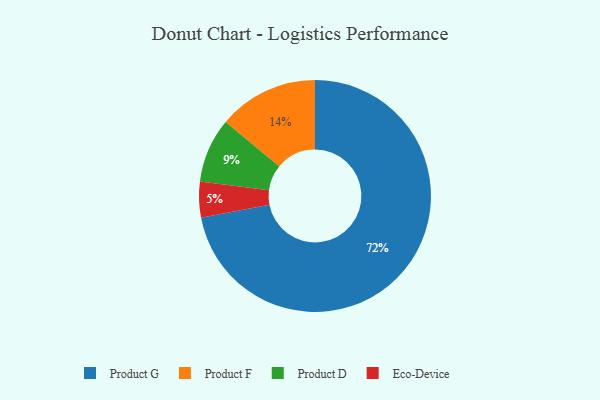
{"axis": {"x": "Category", "y": "Percentage"}, "legend": ["Eco-Device", "Product D", "Product F", "Product G"], "data": [{"x": "Product F", "y": 14, "type": "Product F"}, {"x": "Eco-Device", "y": 5, "type": "Eco-Device"}, {"x": "Product D", "y": 9, "type": "Product D"}, {"x": "Product G", "y": 72, "type": "Product G"}]}